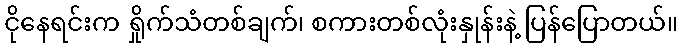
ငိုနေရင်းက ရှိုက်သံတစ်ချက်၊ စကားတစ်လုံးနှုန်းနဲ့ ပြန်ပြောတယ်။